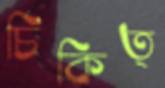
চিকিত্